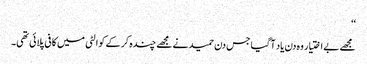
‘‘
مجھے بے اختیار وہ دن یاد آگیا جس دن حمید نے مجھے چندہ کر کے کوالٹی میں کافی پلائی تھی۔